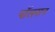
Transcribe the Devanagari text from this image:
पाॅलसन